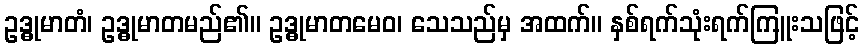
ဥဒ္ဓုမာတံ၊ ဥဒ္ဓုမာတမည်၏။ ဥဒ္ဓုမာတမေဝ၊ သေသည်မှ အထက်။ နှစ်ရက်သုံးရက်ကြူးသဖြင့်